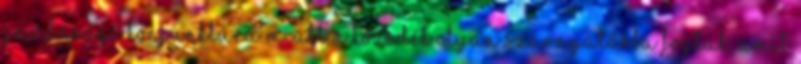
gazdasági konjunktúra miatt a tőzsdék olyan szárnyalásba fogtak, amit